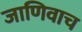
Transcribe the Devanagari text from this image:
जाणिवाच